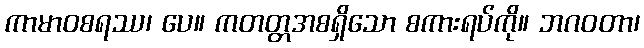
ကာမာဝစရဿ၊ ပေ။ ကတတ္တအစရှိသော စကားရပ်ကို။ ဘဂဝတာ၊